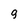
Character: 9